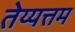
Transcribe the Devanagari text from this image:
तेय्यत्तम